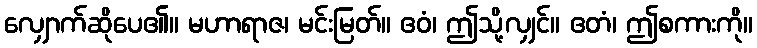
လျှောက်ဆိုပေ၏။ မဟာရာဇ၊ မင်းမြတ်။ ဧဝံ၊ ဤသို့လျှင်။ ဧတံ၊ ဤစကားကို။